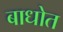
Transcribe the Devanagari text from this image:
बाधोत